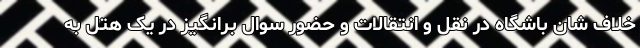
خلاف شان باشگاه در نقل و انتقالات و حضور سوال برانگیز در یک هتل به